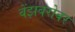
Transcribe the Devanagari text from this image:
बेंझबरोबर